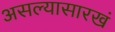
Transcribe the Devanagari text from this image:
असल्यासारखं